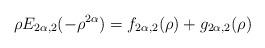
LaTeX: \begin{align*}\rho E_{2\alpha,2}(-\rho^{2\alpha})=f_{2\alpha,2}(\rho)+g_{2\alpha,2}(\rho)\end{align*}